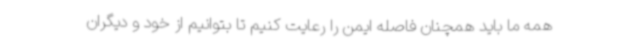
همه ما باید همچنان فاصله ایمن را رعایت کنیم تا بتوانیم از خود و دیگران